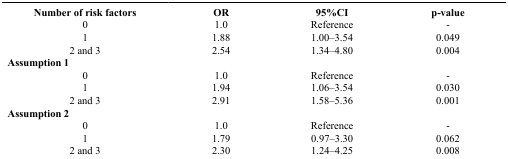
<table><thead><tr><td><b>Number of risk factors</b></td><td><b>OR</b></td><td><b>95%CI</b></td><td><b>p-value</b></td></tr></thead><tbody><tr><td>0</td><td>1.0</td><td>Reference</td><td>-</td></tr><tr><td>1</td><td>1.88</td><td>1.00–3.54</td><td>0.049</td></tr><tr><td>2 and 3</td><td>2.54</td><td>1.34–4.80</td><td>0.004</td></tr><tr><td colspan="4"><b>Assumption 1</b></td></tr><tr><td>0</td><td>1.0</td><td>Reference</td><td>-</td></tr><tr><td>1</td><td>1.94</td><td>1.06–3.54</td><td>0.030</td></tr><tr><td>2 and 3</td><td>2.91</td><td>1.58–5.36</td><td>0.001</td></tr><tr><td colspan="4"><b>Assumption 2</b></td></tr><tr><td>0</td><td>1.0</td><td>Reference</td><td>-</td></tr><tr><td>1</td><td>1.79</td><td>0.97–3.30</td><td>0.062</td></tr><tr><td>2 and 3</td><td>2.30</td><td>1.24–4.25</td><td>0.008</td></tr></tbody></table>